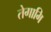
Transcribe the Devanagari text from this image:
तेगामि